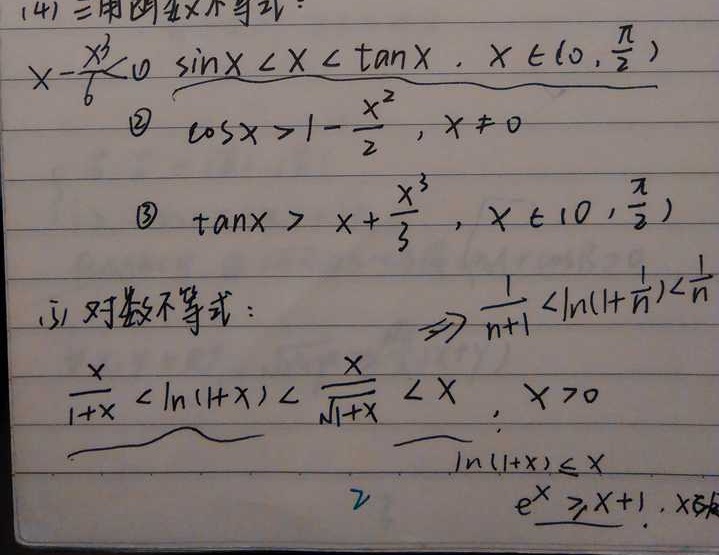
(4) 三角函数不等式：
\[x - \frac{x^{3}}{6} < 0\quad\underbrace{\sin x < x < \tan x,\ x\in\left(0,\frac{\pi}{2}\right)}\]
\[ \textcircled{2}\cos x>1 - \frac{x^{2}}{2},\ x\neq0\]
\[ \textcircled{3}\tan x>x+\frac{x^{3}}{3},\ x\in\left(0,\frac{\pi}{2}\right)\]

(5) 对数不等式：
\[ \frac{x}{1 + x}<\ln(1 + x)<\frac{x}{\sqrt{1 + x}}<x,\ x>0\]
\[ \ln(1 + x)\leq x\]
\[ e^{x}\geq x + 1,\ x\in R\]
\[ \Rightarrow\frac{1}{n + 1}<\ln\left(1+\frac{1}{n}\right)<\frac{1}{n}\]